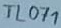
Text: TL071